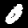
Digit: 0